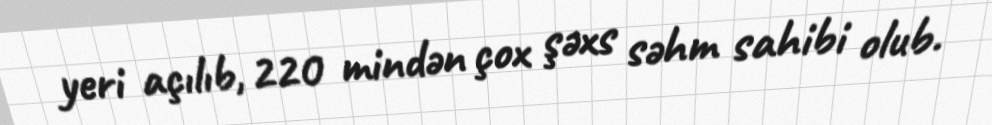
yeri açılıb, 220 mindən çox şəxs səhm sahibi olub.